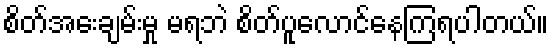
စိတ်အေးချမ်းမှု မရဘဲ စိတ်ပူလောင်နေကြရပါတယ်။